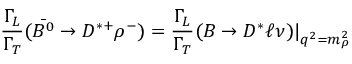
{ \frac { \Gamma _ { L } } { \Gamma _ { T } } } ( { \bar { B ^ { 0 } } \to D ^ { * + } \rho ^ { - } } ) = { \frac { \Gamma _ { L } } { \Gamma _ { T } } } { ( B \to D ^ { * } \ell \nu ) | } _ { q ^ { 2 } = m _ { \rho } ^ { 2 } }